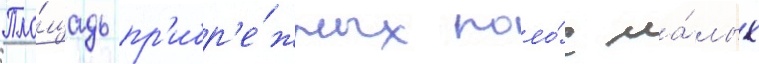
Пло́щадь пр'ибр'е́жных поло́с ма́лых